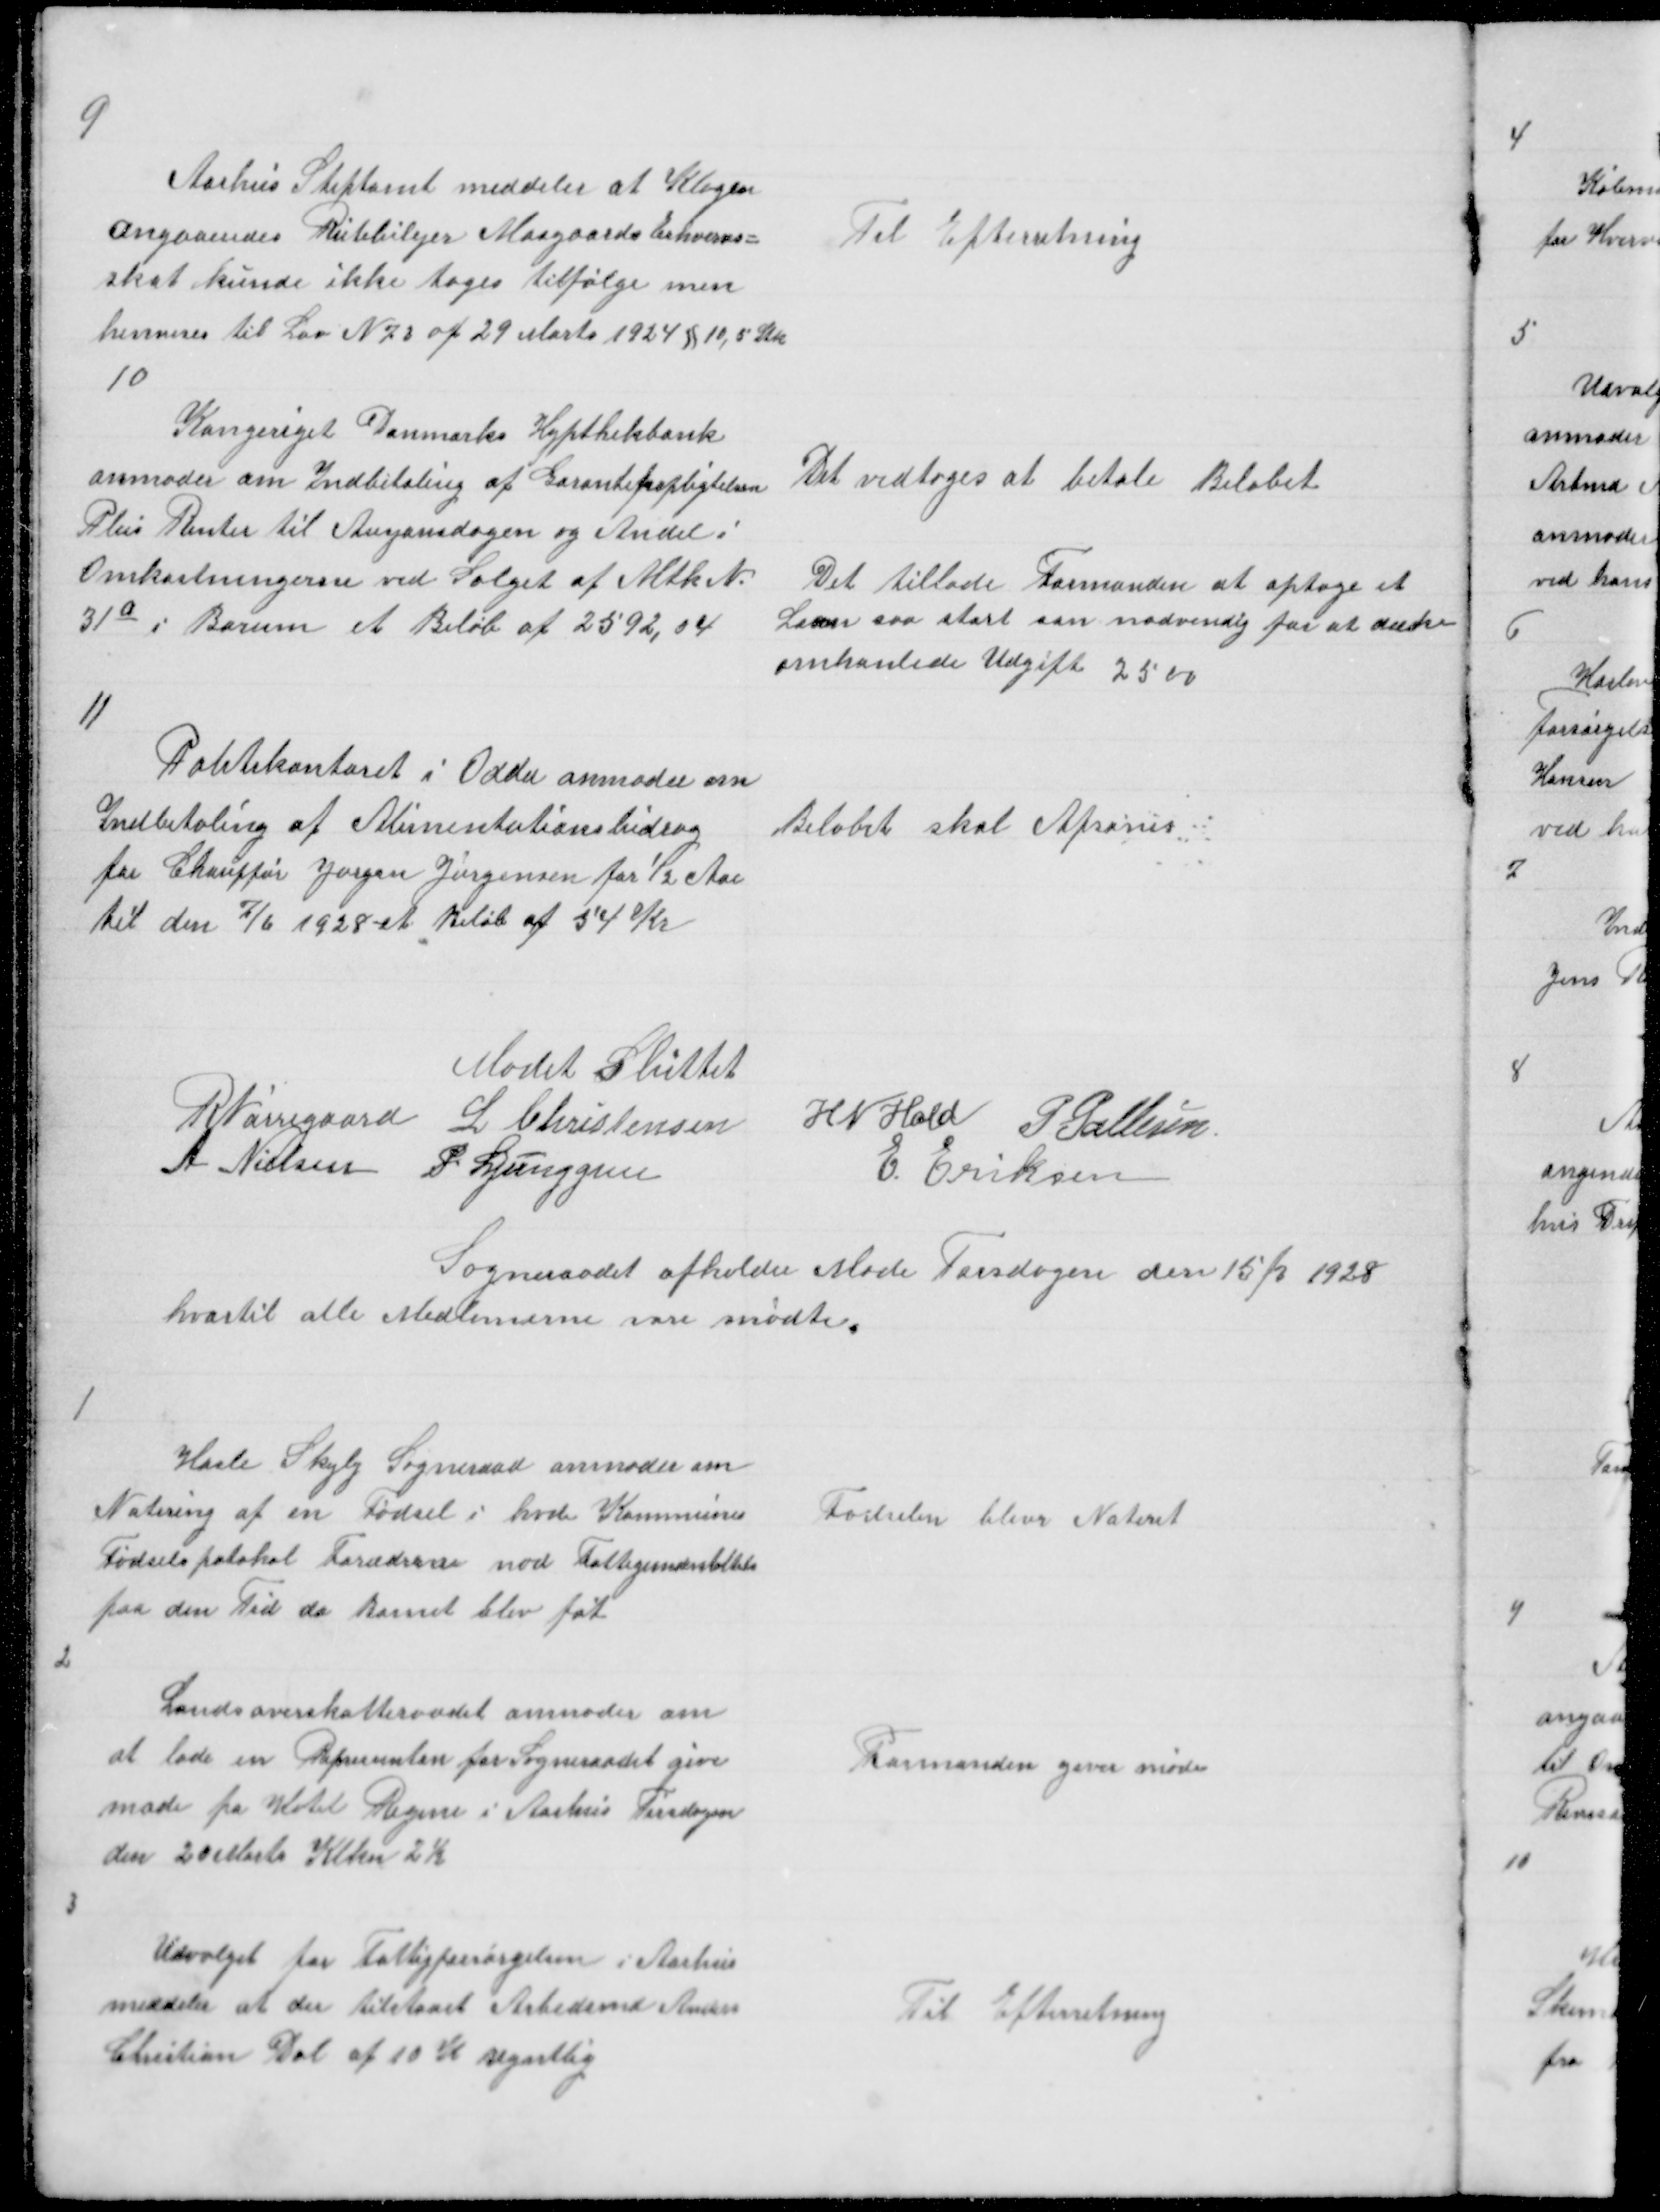
Transskription:
9

Aarhus Stiftamt meddeler at Klagen
angaaendes Rutebilejer Mosgaards Erhvervs =
skat kunde ikke tages tilfølge men
henvises til Lov N 73 af 29 Marts 1924 § 10,5 Stk

Til Efterretning

10

Kongeriget Danmarks Hypthekbank
anmoder om Indbetaling af Garantiforpligtelsen
Plus Renter til Ausjonsdagen og Andel i
Omkostningerne ved Salg af Mtk N.
31a i Borum et Beløb af 2592,04

Det vedtoges at betale Beløbet

Det tillade Formanden at optage et
Laan saa stort som nødvendig for at dæke
omhanlede Udgift 2500

11

Politikontoret i Odder anmoder om
Indbetaling af Alimentationsbidrag
for Chauffør Jørgen Jørgensen for ½ Aaar
til den 7/6 1928 - et Beløb af 54 Kr

Beløbet skal Afsones

Mødet Sluttet
R Nørregaard L Christensen H N Hald P Pallesen
A Nielsen P. Ljunggren
E Eriksen

Sogneraadet afholder Møde Torsdagen den 15/3 1928
hvortil allle Medlemerne vare mødte

1

Hasle Skejby Sogneraad anmoder om
Notering af en Fødsel i hvd Kommunes
Fødselspotokol Forædrene nød Fattigunderstøttelse
paa den Tid da Barnet blev føt

Fødselen blev Noteret

2

Landoverskatteraadet anmoder om
at lade en Repræsentan for Sogneraadet give
møde paa Hotel Regine i Aarhus Tirsdagen
den 20 Marts Klkn 2½

Formanden giver møde

3

Udvalget for Fattigforsørgelsen i Aarhus
meddeler at der er tilstaaet Arbedsmd Anders
Christian Dal af 10 K Ugntlig

Til Efterretning